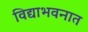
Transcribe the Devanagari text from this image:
विद्याभवनात